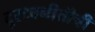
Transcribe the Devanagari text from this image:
दूरध्वनीतीची